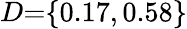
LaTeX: D{=}\{ 0.17,0.58\}